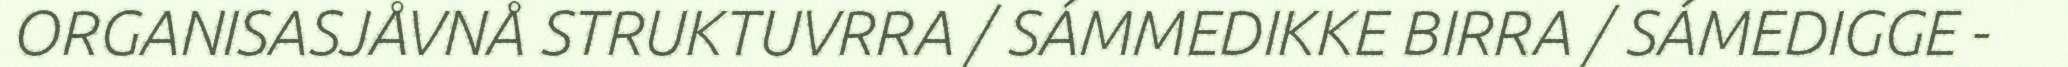
ORGANISASJÅVNÅ STRUKTUVRRA / SÁMMEDIKKE BIRRA / SÁMEDIGGE -